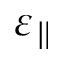
\varepsilon _ { \parallel }